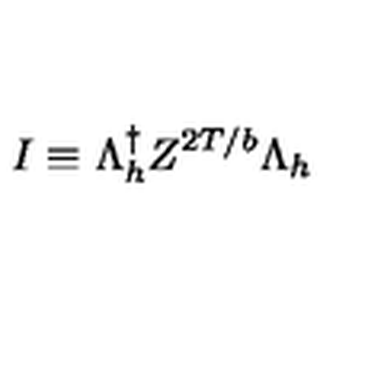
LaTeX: I \equiv \Lambda _ { h } ^ { \dagger } Z ^ { 2 T / b } \Lambda _ { h }